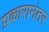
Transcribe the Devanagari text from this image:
प्रकारानंतर